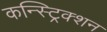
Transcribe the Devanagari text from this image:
कन्स्ट्रिक्शन